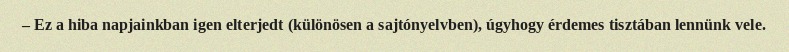
– Ez a hiba napjainkban igen elterjedt (különösen a sajtónyelvben), úgyhogy érdemes tisztában lennünk vele.